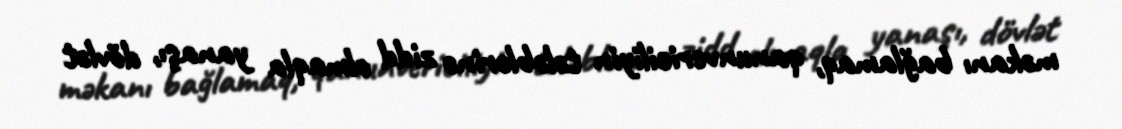
məkanı bağlamaq, qanunvericiliyin tələblərinə zidd olmaqla yanaşı, dövlət